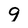
Character: g